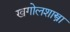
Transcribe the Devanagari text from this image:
खगोलशास्त्रा